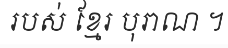
របស់ ខ្មែរ បុរាណ ។